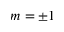
m = \pm 1